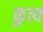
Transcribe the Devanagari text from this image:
कुत्य